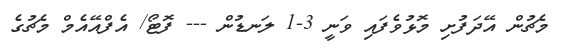
މެޗުން އޭދަފުށި މޮޅުވެފައި ވަނީ 3-1 ލަނޑުން --- ފޮޓޯ/ އެފްއޭއެމް މެޗުގެ